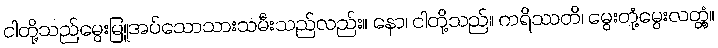
ငါတို့သည်မွေးမြူအပ်သောသားသမီးသည်လည်း။ နော၊ ငါတို့သည်။ ကရိဿတိ၊ မွေးတုံ့မွေးလတ္တံ့။